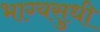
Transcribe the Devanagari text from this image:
भाग्यसुधी